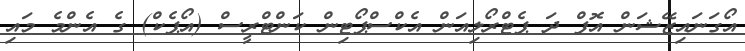
އޯގަނައިޒޭޝަން އޮފް ދަ ޕެޓްރޯލިއަން އެކްސްޕޯޓިން ކަންޓްރީސް (އޯޕެކް) ގެ އެންމެ މައި